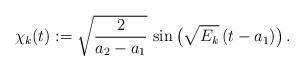
LaTeX: \begin{align*} \chi_k(t) := \sqrt{\frac{2}{a_2-a_1}} \, \sin\big(\sqrt{E_k}\,(t-a_1)\big) \,.\end{align*}